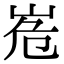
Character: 峞